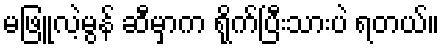
မဖြူလဲ့မွန် ဆီမှာက ရိုက်ပြီးသားပဲ ရတယ်။